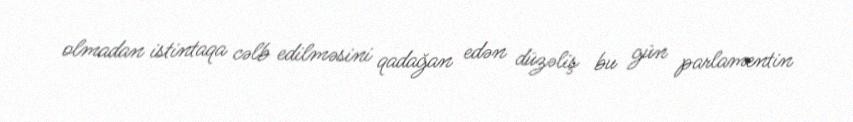
olmadan istintaqa cəlb edilməsini qadağan edən düzəliş bu gün parlamentin